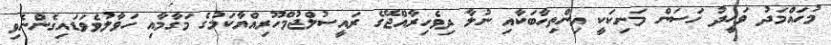
މުހައްމަދު ވަހީދު ހަސަން މަނިކަކީ އިންތިހާބަކާއި ނުލާ ދިވެހިރާއްޖޭގެ ރައީސުލްޖުމްހޫރިއްޔާކަމުގެ މަގާމާއި ހަވާލުވެވަޑައިގެންނެވި